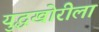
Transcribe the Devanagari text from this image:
युद्धखोरीला